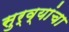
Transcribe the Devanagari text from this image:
सुर्व्यांचा